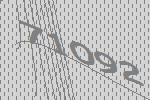
71092